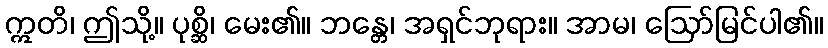
ဣတိ၊ ဤသို့။ ပုစ္ဆိ၊ မေး၏။ ဘန္တေ၊ အရှင်ဘုရား။ အာမ၊ ဩော်မြင်ပါ၏။